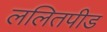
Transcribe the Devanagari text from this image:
ललितपीड